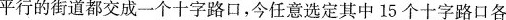
平行的街道都交成一个十字路口，今任意选定其中15个十字路口各